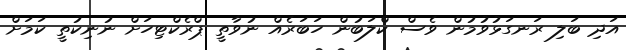
އަދި ބަލި ރަނގަޅުވުމުން ވެސް ކްލަބުން ހަބަރެއް ނުވާތީ ޕްރެކްޓިހަށް ނުނިކުތީ ކަމަށް